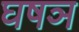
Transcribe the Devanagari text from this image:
घषञ